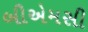
બીએમસી